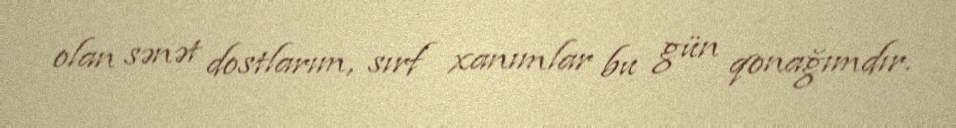
olan sənət dostlarım, sırf xanımlar bu gün qonağımdır.